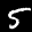
Label: 5